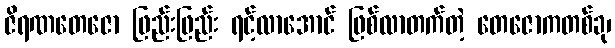
ဇိရဏတေဇော ဖြည်းဖြည်း ရင့်လာအောင် ဖြစ်လာတက်တဲ့ တေဇောကတစ်ခု၊